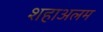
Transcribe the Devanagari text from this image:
शहाअलम